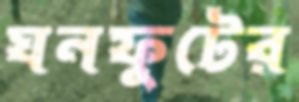
ঘনফুটের